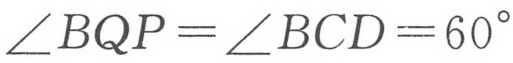
\(\angle BQP=\angle BCD = 60^{\circ}\)